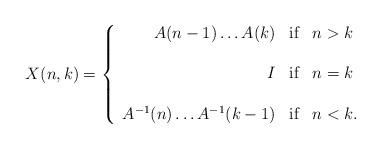
LaTeX: \begin{align*} X(n,k)=\left\{\begin{array}{rcl} A(n-1)\ldots A(k) & \textnormal{if} & n>k\\\\ I &\textnormal{if} & n=k\\\\ A^{-1}(n)\ldots A^{-1}(k-1) & \textnormal{if} & n< k. \end{array}\right.\end{align*}